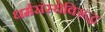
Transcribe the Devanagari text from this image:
धर्मसंस्थेविरूद्ध